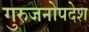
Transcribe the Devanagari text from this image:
गुरुजनोपदेश